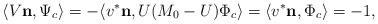
LaTeX: \begin{align*}\langle V\mathbf n,\Psi_c\rangle&=-\langle v^*\mathbf n,U(M_0-U)\Phi_c\rangle=\langle v^*\mathbf n,\Phi_c\rangle=-1,\end{align*}